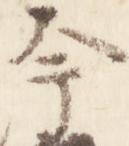
今